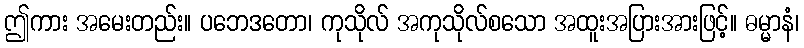
ဤကား အမေးတည်း။ ပဘေဒတော၊ ကုသိုလ် အကုသိုလ်စသော အထူးအပြားအားဖြင့်။ ဓမ္မာနံ၊